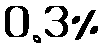
0.3%